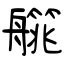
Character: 艞